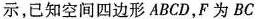
示，已知空间四边形ABCD，F为BC